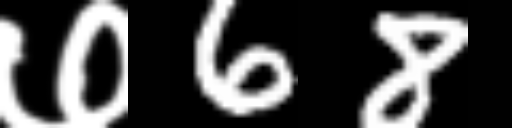
Text: ७68